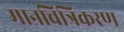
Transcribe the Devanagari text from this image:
मानचित्रिकरण